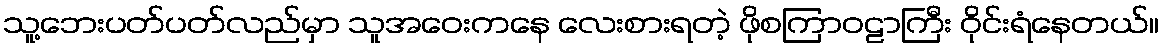
သူ့ဘေးပတ်ပတ်လည်မှာ သူအဝေးကနေ လေးစားရတဲ့ ဖိုစကြာဝဠာကြီး ဝိုင်းရံနေတယ်။